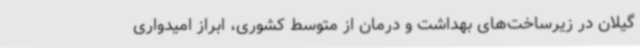
گیلان در زیرساخت‌های بهداشت و درمان از متوسط کشوری، ابراز امیدواری